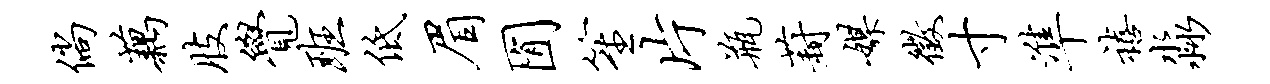
倘藕肢觉班低眉囿笙片瓶葑媒征寸准禧淼